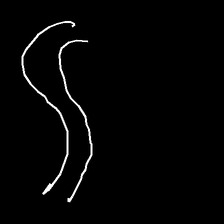
Glyph: float